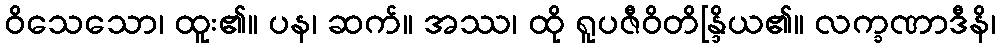
ဝိသေသော၊ ထူး၏။ ပန၊ ဆက်။ အဿ၊ ထို ရူပဇီဝိတိန္ဒြိယ၏။ လက္ခဏာဒီနိ၊